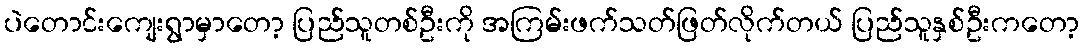
ပဲတောင်းကျေးရွာမှာတော့ ပြည်သူတစ်ဦးကို အကြမ်းဖက်သတ်ဖြတ်လိုက်တယ် ပြည်သူနှစ်ဦးကတော့